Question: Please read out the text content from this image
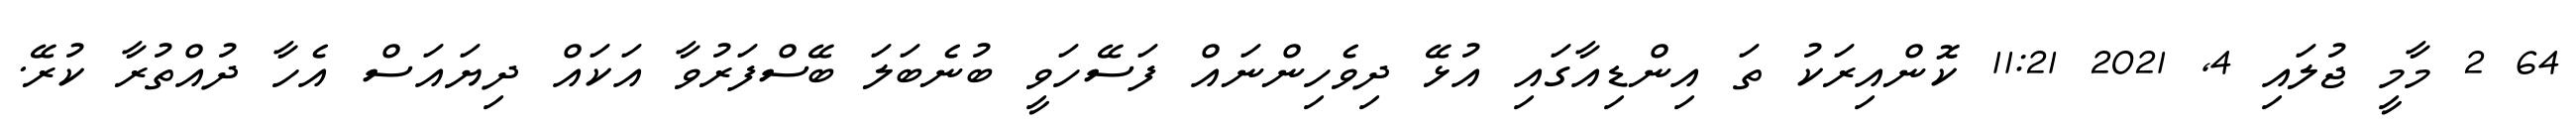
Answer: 64 2 މާމީ ޖުލައި 4, 2021 11:21 ކޮންއިރަކު ތަ އިންޑިއާގައި އުޅޭ ދިވެހިންނައް ފަސޭހަވީ ބުނެބަލަ ބޭސްފަރުވާ އަކައް ދިޔައަސް އެހާ ދުއްތުރާ ކުރޭ.